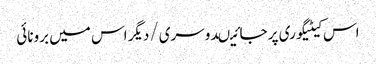
اس کیٹیگوری پر جائیںدوسری/دیگر اس میں برونائی